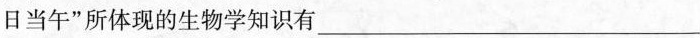
日当午”所体现的生物学知识有___